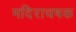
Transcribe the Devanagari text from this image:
मदिराचषक